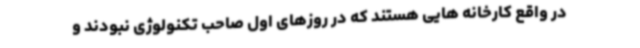
در واقع کارخانه هایی هستند که در روزهای اول صاحب تکنولوژی نبودند و